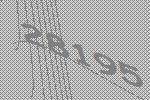
28195